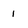
Character: 1